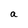
Character: a